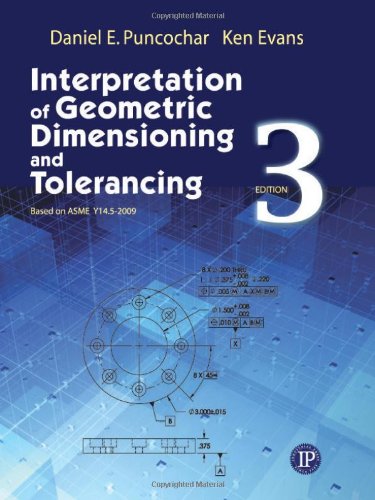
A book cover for Interpretation of Geometric Dimensioning and Tolerancing; Daniel Puncochar; Science & Math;